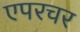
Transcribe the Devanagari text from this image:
एपरचर